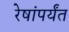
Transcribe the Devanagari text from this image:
रेषांपर्यंत